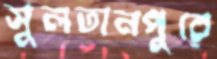
সুলতানপুরে